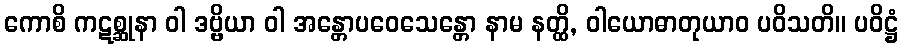
ကောစိ ကဋစ္ဆုနာ ဝါ ဒဗ္ဗိယာ ဝါ အန္တောပဝေသေန္တော နာမ နတ္ထိ, ဝါယောဓာတုယာဝ ပဝိသတိ။ ပဝိဋ္ဌံ